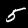
Digit: 5